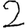
Digit: 2